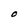
Character: O